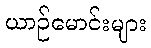
ယာဉ်မောင်းများ